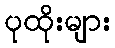
ပုထိုးများ